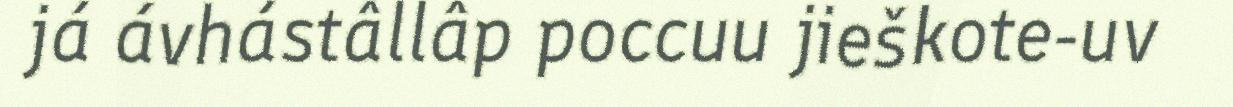
já ávhástâllâp poccuu jieškote-uv